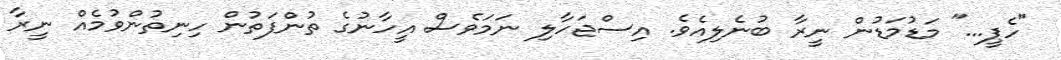
"ހެޕީ..." މަޑުމަޑުން ނީރާ ބުނެލިއެވެ. އިސްޖަހާލި ނަމަވެސް އީހާނުގެ ތުންފަތުން ހިނިތުންވުމެއް ނީރާ